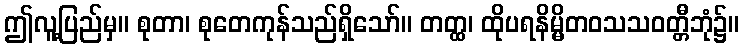
ဤလူ့ပြည်မှ။ စုတာ၊ စုတေကုန်သည်ရှိသော်။ တတ္ထ၊ ထိုပရနိမ္မိတဝသသဝတ္တီဘုံ၌။